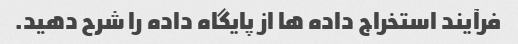
فرآیند استخراج داده ها از پایگاه داده را شرح دهید.